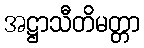
အဋ္ဌာသီတိမတ္တာ